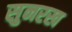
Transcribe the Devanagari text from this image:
सुनरख